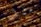
منذ